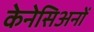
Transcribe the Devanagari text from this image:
केनेसिअनों